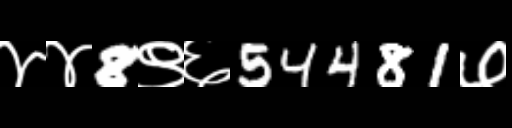
Text: ४४8९६54481७